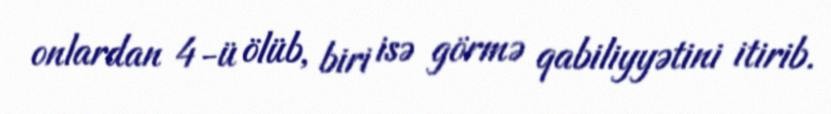
onlardan 4-ü ölüb, biri isə görmə qabiliyyətini itirib.